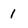
Character: 1